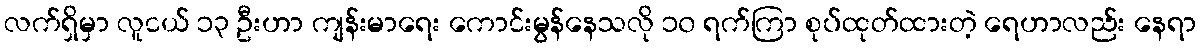
လက်ရှိမှာ လူငယ် ၁၃ ဦးဟာ ကျန်းမာရေး ကောင်းမွန်နေသလို ၁၀ ရက်ကြာ စုပ်ထုတ်ထားတဲ့ ရေဟာလည်း နေရာ